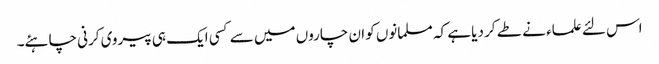
اس لئے علماء نے طے کر دیا ہے کہ مسلمانوں کو ان چاروں میں سے کسی ایک ہی پیروی کرنی چاہئے۔